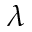
\lambda